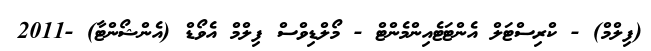
(ފިލްމް) - ކްރިސްޓަލް އެންޓަޓެއިންމެންޓް - މޯލްޑިވްސް ފިލްމް އެވޯޑް (އެންޝޯންޓާ) -2011